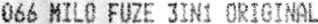
066 MILO FUZE 3IN1 ORIGINAL